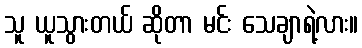
သူ ယူသွားတယ် ဆိုတာ မင်း သေချာရဲ့လား။